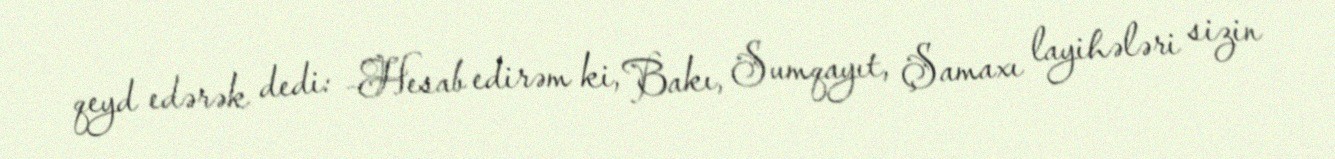
qeyd edərək dedi: -Hesab edirəm ki, Bakı, Sumqayıt, Şamaxı layihələri sizin